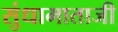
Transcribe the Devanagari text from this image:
सुंधामाताजी